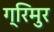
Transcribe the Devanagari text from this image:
ग्रिमुर